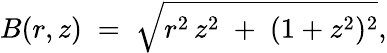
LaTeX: B(r,z)\; =\; \sqrt{r^{2}\, z^{2}\; +\; (1+z^{2})^{2}},